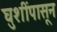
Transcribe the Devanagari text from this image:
घुशींपासून